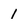
Character: 1